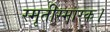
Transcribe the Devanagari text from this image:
स्मृतीस्मारक।